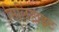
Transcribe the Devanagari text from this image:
सिलिंड्राइट